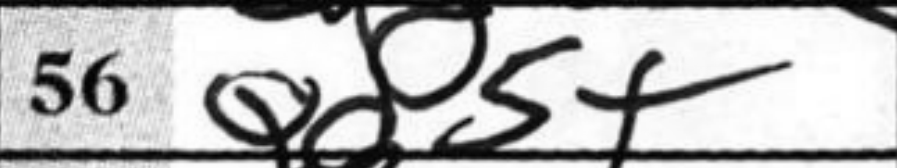
Transcription: Qd5+